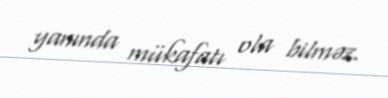
yanında mükafatı ola bilməz.